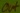
Text: out